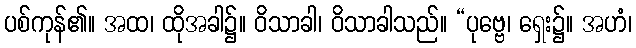
ပစ်ကုန်၏။ အထ၊ ထိုအခါ၌။ ဝိသာခါ၊ ဝိသာခါသည်။ “ပုဗ္ဗေ၊ ရှေး၌။ အဟံ၊